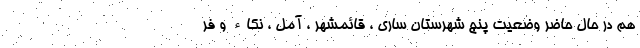
هم در حال حاضر وضعیت پنج شهرستان ساری ، قائمشهر ، آمل ، نکاء و فر